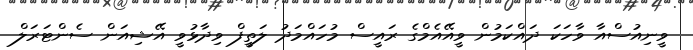
ވީނިއުސްއާ ވާހަކަ ދައްކަމުން ވީއޭއެމްގެ ރައީސް މުހައްމަދު ލަތީފް ވިދާޅުވީ އޭޝިއަން ސެންޓަރަލް